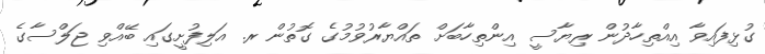
ގުޅިފައިވާ އިއްތިހާދުން ރިޔާސީ އިންތިހާބަށް ތައްޔާރުވުމުގެ ގޮތުން ރ. އަލިފުށީގައި ބޭއްވި ޖަލްސާގެ